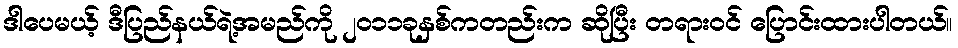
ဒါပေမယ့် ဒီပြည်နယ်ရဲ့အမည်ကို ၂၀၁၁ခုနှစ်ကတည်းက ဆိုပြီး တရားဝင် ပြောင်းထားပါတယ်။